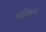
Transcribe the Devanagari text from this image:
ए्ड्गि्ल्स